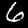
Label: 6